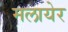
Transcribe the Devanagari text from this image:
मलायेर